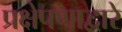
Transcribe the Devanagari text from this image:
प्रक्षेपणाद्वारे